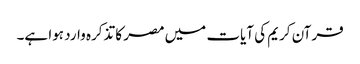
قرآن کریم کی آیات میں مصر کا تذکرہ وارد ہوا ہے۔